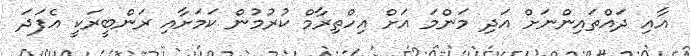
އާއި ދައްތައިންނަށް އަދި މަންމަ އަށް އިހްތިރާމް ކުރުމުން ކަމަށާއި ރަންބީރަކީ އެފަދަ